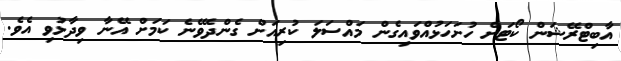
އާބިޓްރޭޝަން ކޯޓަށް ހުށަހަޅުއްވައިގެން މައްސަލަ ކުރިއަށް ގެންދެވޭނެ ކަމަށް އޭނާ ވިދާޅުވި އެވެ.